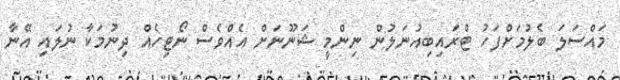
މައްސަލަ ބެލުމަށްފަހު ޓްރައިބިއުނަލުން ނިންމީ ޝަނޫނަށް އެއްވެސް ނޯޓިހެއް ދިނުމަކާ ނުލައި އޭނާ